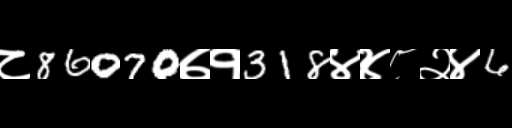
Text: ८86070७१318४४८२४6